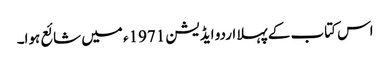
اس کتاب کے پہلا اردو ایڈیشن 1971ء میں شائع ہوا۔